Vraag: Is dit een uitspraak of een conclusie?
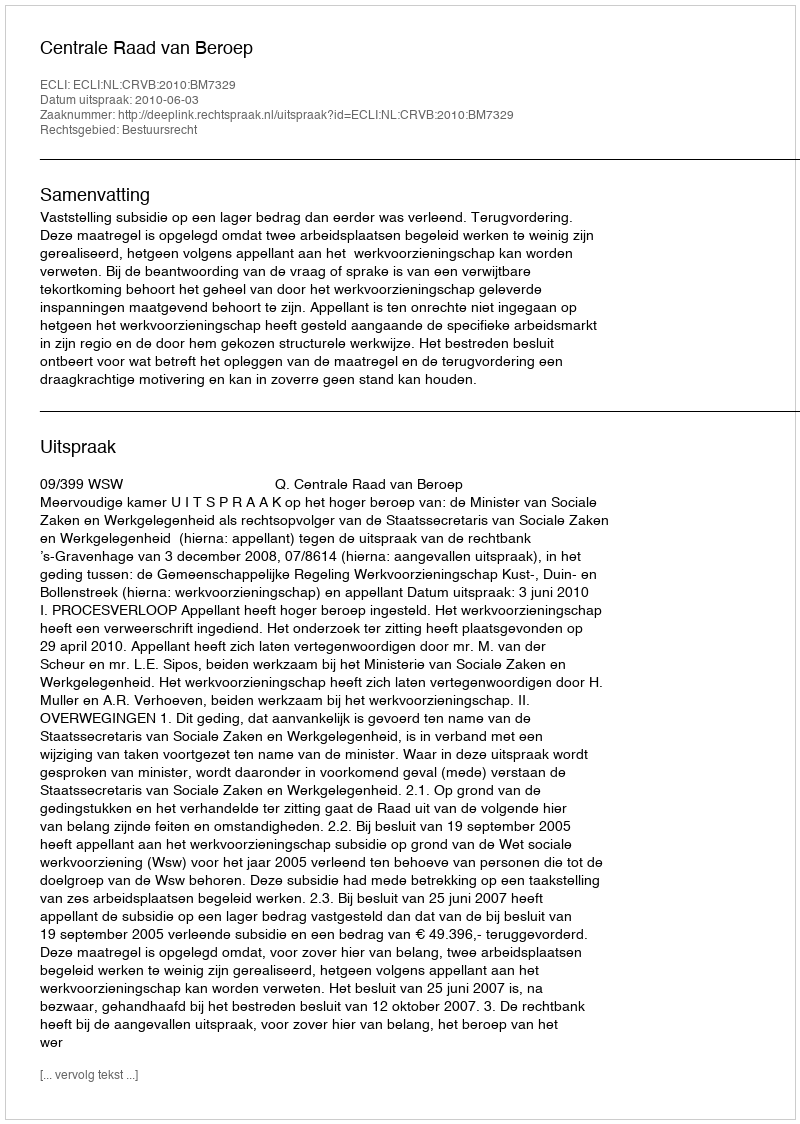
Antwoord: Uitspraak